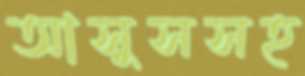
আসুসসহ